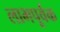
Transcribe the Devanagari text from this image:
लाभपूर्वक